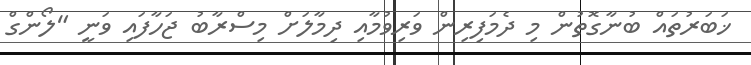
ޚަބަރުތައް ބުނާގޮތުން މި ދެމަފިރިން ވަރިވުމާއި ދިމާލަށް މިސްރާބު ޖަހާފައި ވަނީ "ލޯންގް